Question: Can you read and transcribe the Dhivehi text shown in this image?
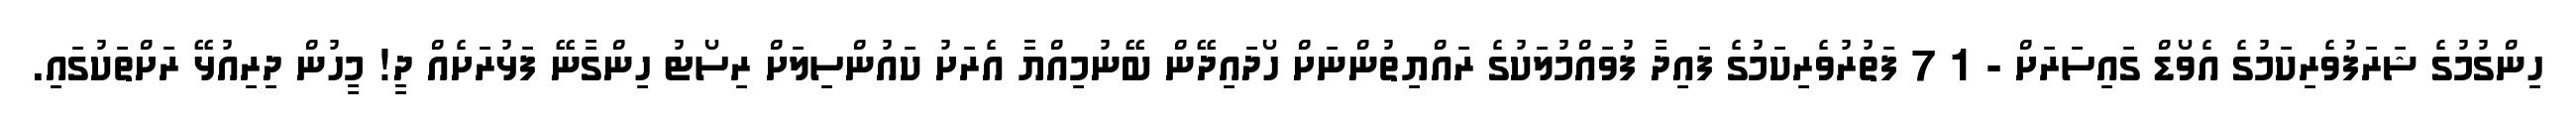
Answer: ހިންގުމުގެ ޝަރަފުވެރިކަމުގެ އެވޯޑް ގައިސަރަށް - 1 7 ފަތުރުވެރިކަމުގެ ފައިދާ ފުވައްމުލަކުގެ ރައްޔިތުންނަށް ހޯދައިދޭން ބޭނުމިއްޔާ އެރަށު ކައުންސިލަށް ރިސޯޓު ހިންގާނޭ ފަޅުރަށެއް ދީ! މީހުން ދިރިއުޅޭ ރަށްތަކުގައި.